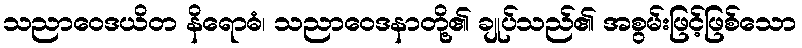
သညာဝေဒယိတ နိရောဓံ၊ သညာဝေဒနာတို့၏ ချုပ်သည်၏ အစွမ်းဖြင့်ဖြစ်သော